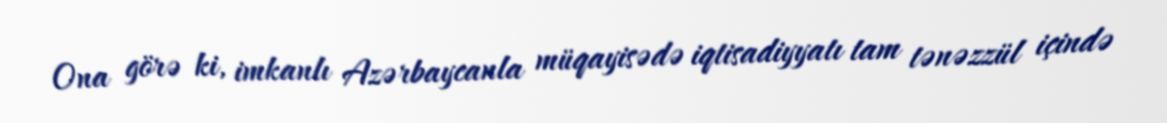
Ona görə ki, imkanlı Azərbaycanla müqayisədə iqtisadiyyatı tam tənəzzül içində